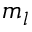
m _ { l }